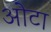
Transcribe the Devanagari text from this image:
ओेटा